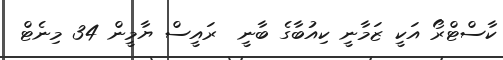
ކާސްޓްރޯ އަކީ ޒަމާނީ ކިއުބާގެ ބާނީ  ރައީސް ޔާމީން 34 މިނެޓް